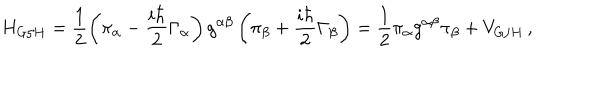
H _ { G / H } = \frac { 1 } { 2 } \left( \pi _ { \alpha } - \frac { i \hbar } { 2 } \Gamma _ { \alpha } \right) g ^ { \alpha \beta } \left( \pi _ { \beta } + \frac { i \hbar } { 2 } \Gamma _ { \beta } \right) = \frac { 1 } { 2 } \pi _ { \alpha } g ^ { \alpha \beta } \pi _ { \beta } + V _ { G / H } \, ,